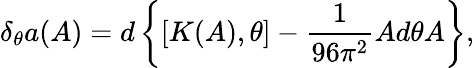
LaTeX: \delta_{\theta}a(A)=d\left\{ [K(A),\theta]-\frac{1}{96\pi^{2}}Ad\theta A\right\} ,